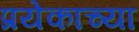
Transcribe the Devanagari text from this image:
प्रयेकाच्या